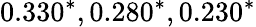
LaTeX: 0.330^{*},0.280^{*},0.230^{*}